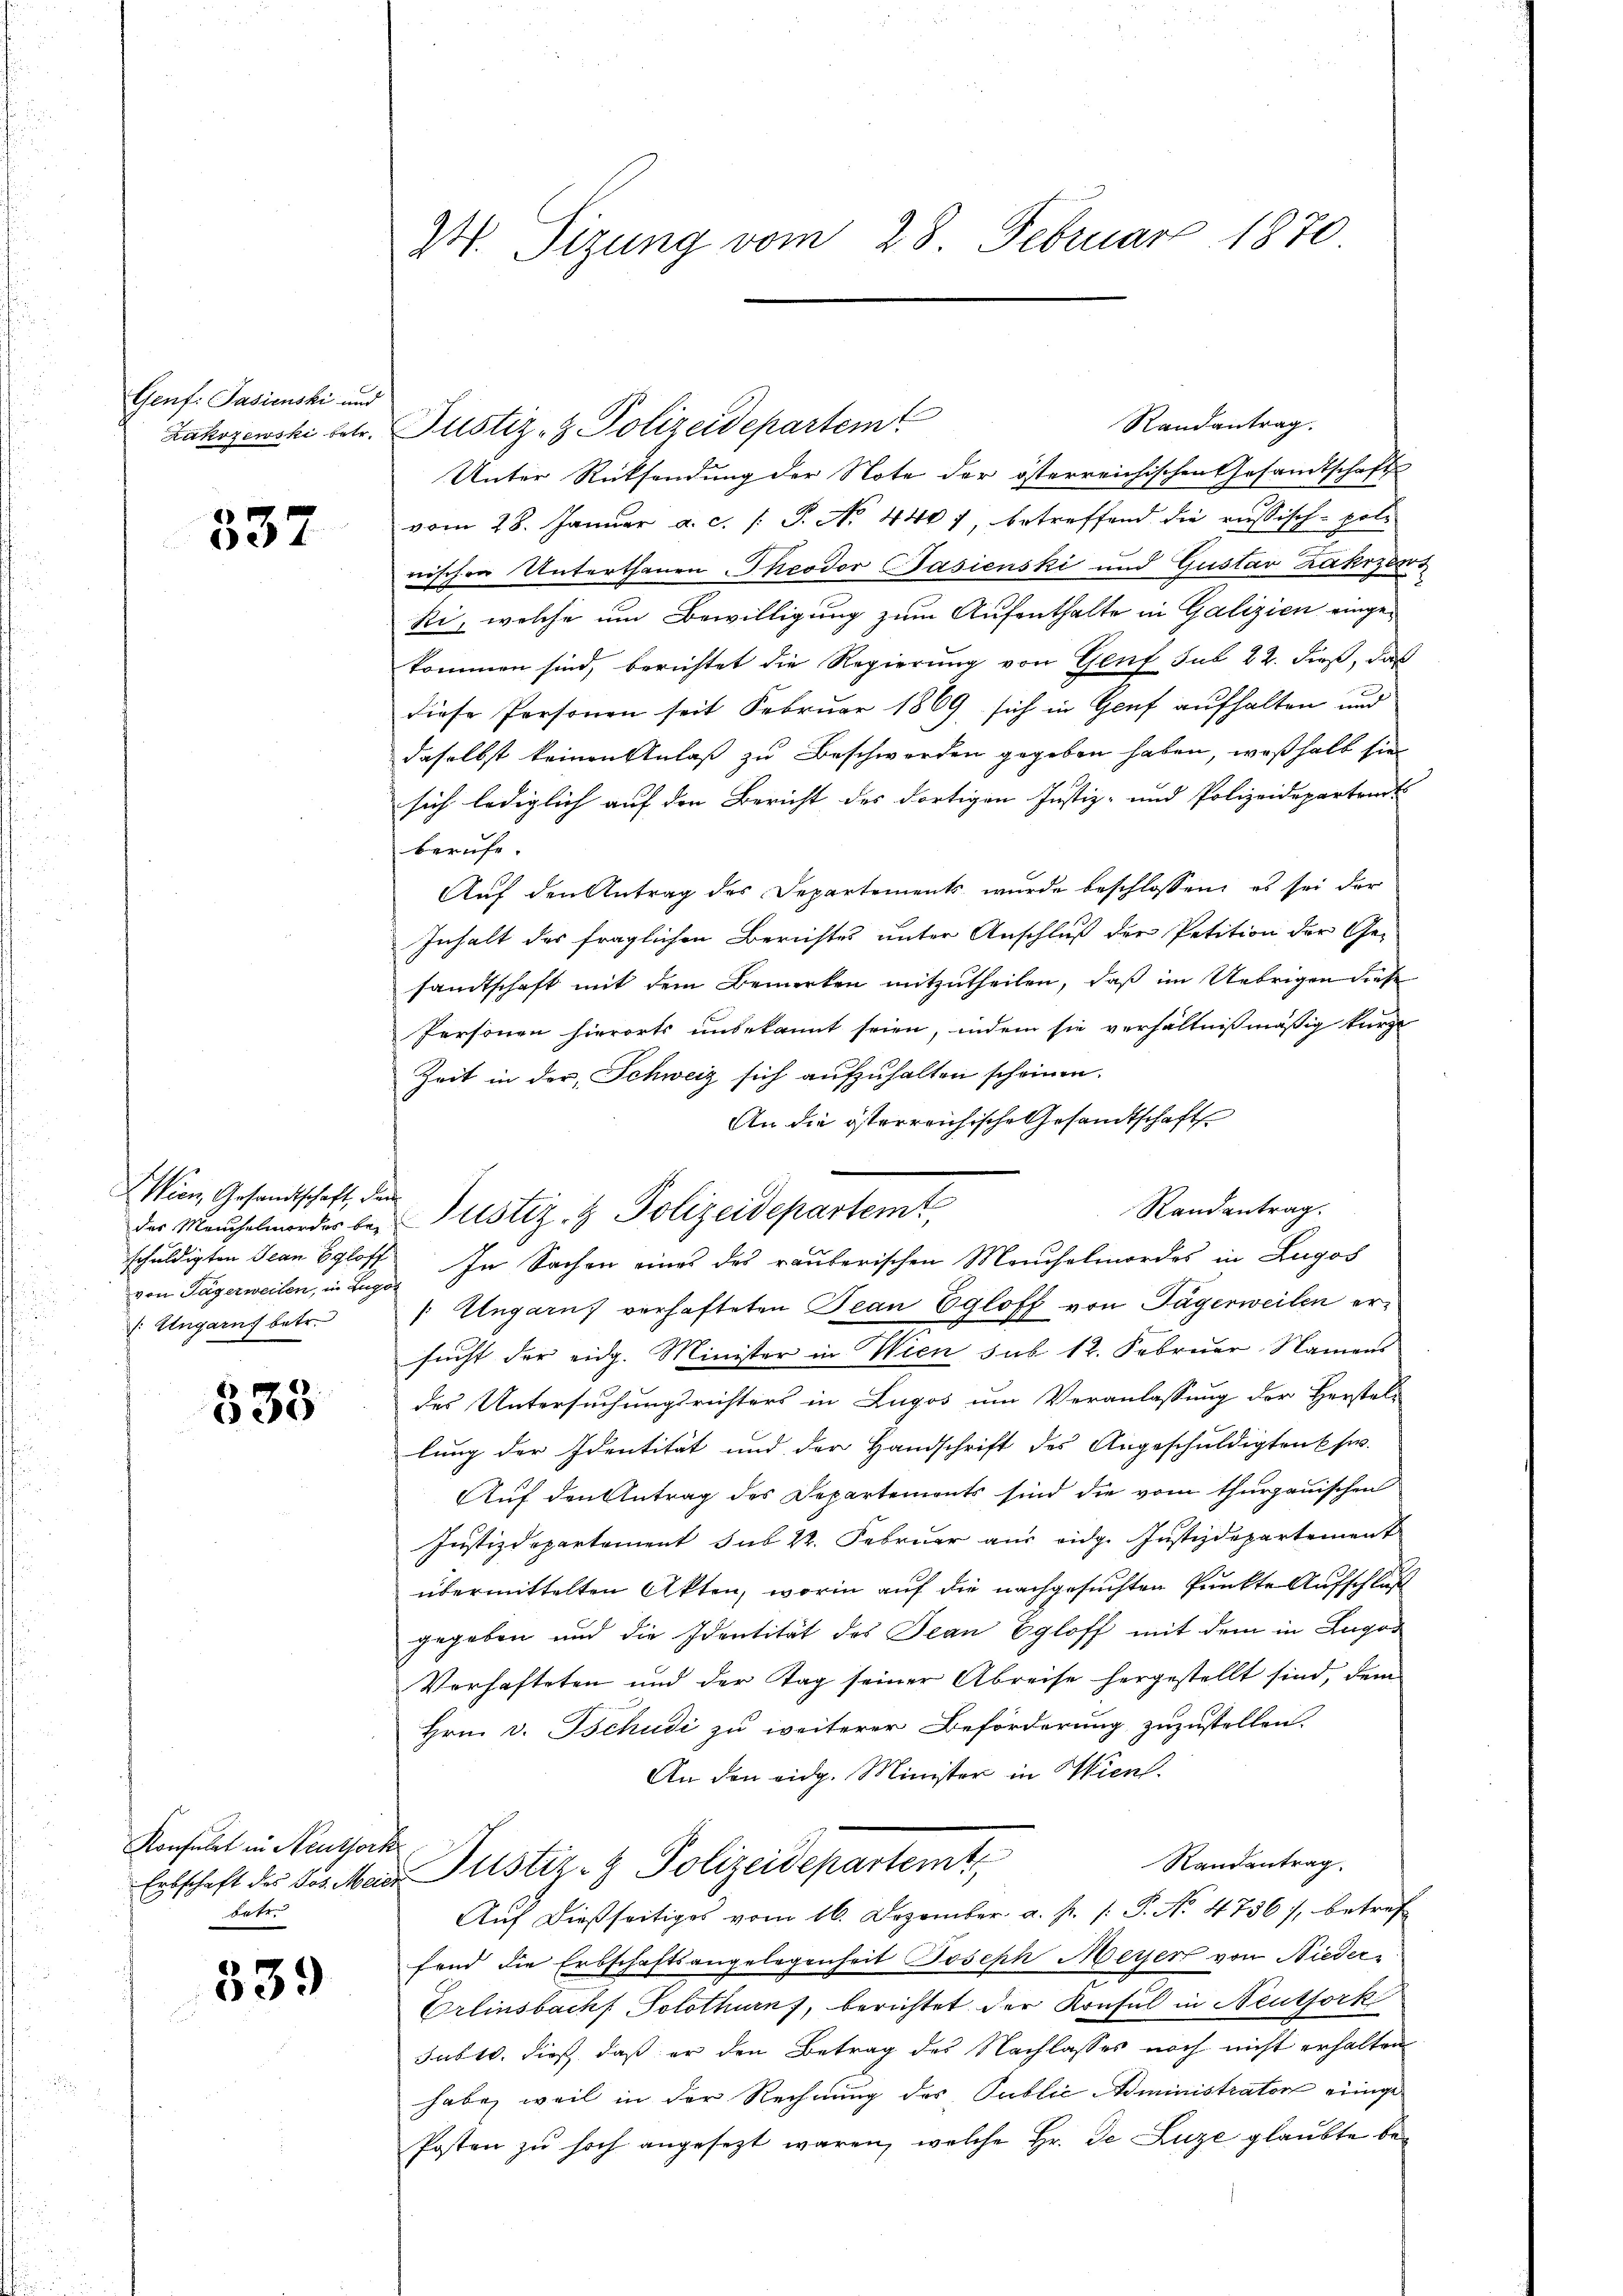
Genf: Pasienski und

337

Wien Gesandtschaft, den
von Tägerweilen, in Zugo
 Ungarns betr.

338

Konsulat in Neuthork
dete

339

24. Sizung vom 28. Februar 1870

Randantrag.
Zakozewski betr. Justiz- & Polizeidepartem
Unter Rücksendung der Note der österreichischen Gesandtschaft
vom 28. Januar a. c. /: P. No 440 7, betreffend die russisch-poli
nischen Unterthanen Theodor Pasienski und Gustav Zakrzers
ki, welche um Bewilligung zum Aufenthalte in Galizien eingekommen sind, berichtet die Regierung von Genf sub 22. dieß, das
diese Personen seit Februar 1869 sich in Genf aufhalten und
daselbst keinen Anlaß zu Beschwerden gegeben haben, weßhalb sie
sich lediglich auf den Bericht des dortigen Justiz- und Polizeidepartent
berufe
Auf den Antrag des Departements wurde beschlossen, es sei der
Inhalt des fraglichen Berichtes unter Anschluß der Petition der Ge-
sandtschaft mit dem Bemerken mitzutheilen, daß im Uebrigen diese
Personen hierorts unbekannt seien, indem sie verhältnißmäßig kurze
Zeit in der Schweiz sich aufzuhalten scheinen.
An die österreichische Gesandtschaft
schuldigten Jean Egloff. In Sachen eines des räuberischen Meuchelmordes in Zugos
| Ungarns verhafteten Jean Egloff von Tägerweilen er¬
2
sucht der eidg. Minister in Wien sub 12. Februar Namens
des Untersuchungsrichters in Lugos um Veranlassung der Herstel-
lung der Identität und der Handschrift des Angeschuldigten usw.
Auf den Antrag des Departements sind die vom thurgauischen
Justizdepartement sub k. Februar aus eidg. Justizdepartement
übermittelten Akten, worin auf die nachgesuchten Punkte Aufschluß
gegeben und die Identität des Jean Egloff mit dem in Lugos
Verhafteten und der Tag seiner Abreise hergestellt sind, dem
Hrn. v. Tschudi zu weiterer Beförderung zuzustellen.
An den eidg. Minister in Wien.
Randantrag.
Erbschaft des des Mein Pustiz- & Polizeidepartemt
Auf dießseitiges vom 16. Dezember. a. p. /: P. No. 4736), betref
fend die Erbschaftsangelegenheit Joseph Meyer von Nieder¬
Erlinsbach Solothurn, berichtet der Konsul in Neutfork
Jubte, dieß, daß er den Betrag des Nachlasses noch nicht erhalten
habe, weil in der Rechnung des Public Administrator einige
Posten zŭ hoch angesezt waren, welche Hr. Je Luze glaubte be¬

der Meuchelmordes bei Justiz- & Polizeidepartemt

Randantrag.